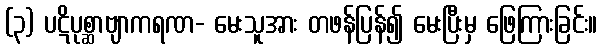
(၃) ပဋိပုစ္ဆာဗျာကရဏ- မေးသူအား တဖန်ပြန်၍ မေးပြီးမှ ဖြေကြားခြင်း။